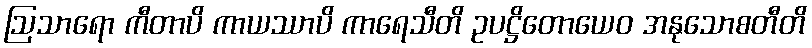
ဩသာရော ကီတာပိ ကာယဿာပိ ကာရေသီတိ ဥပဋ္ဌိတောယေဝ အနုသောစတီတိ